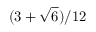
( 3 + \sqrt { 6 } ) / 1 2